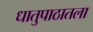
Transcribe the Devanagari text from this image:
धातुपाठातला